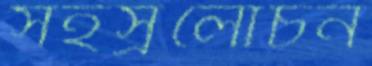
সহস্রলোচন